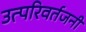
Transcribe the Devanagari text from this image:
उत्परिवर्तजनी